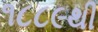
૧૮૮૯થી